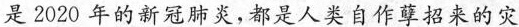
是 2020 年的新冠肺炎，都是人类自作孽招来的灾